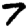
Digit: 7